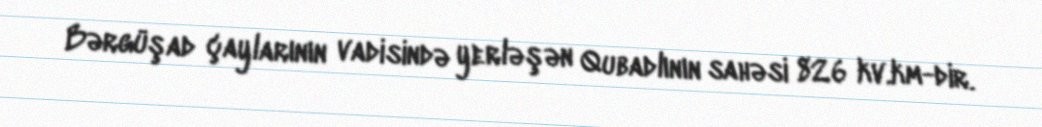
Bərgüşad çaylarının vadisində yerləşən Qubadlının sahəsi 826 kv.km-dir.